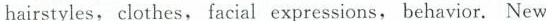
hairstyles, clothes, facial expressions, behavior. New